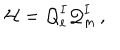
LaTeX: { \cal H } = { \cal Q } _ { e } ^ { I } { \cal Q } _ { m } ^ { I } \, ,